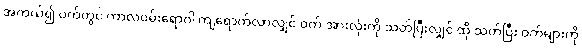
အကယ်၍ ဝက်တွင် ကာလဝမ်းရောဂါ ကျရောက်လာလျှင် ဝက် အားလုံးကို သတ်ပြီးလျှင် ထို သတ်ပြီး ဝက်များကို